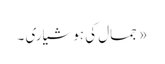
« جمال کی ہوشیاری ۔